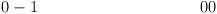
LaTeX: \begin{align*} 0 & -1 & 0 & 0 \\\end{align*}